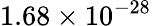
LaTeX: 1.68\times 10^{-28}